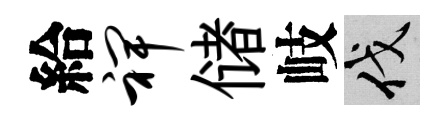
給裨储岐伐